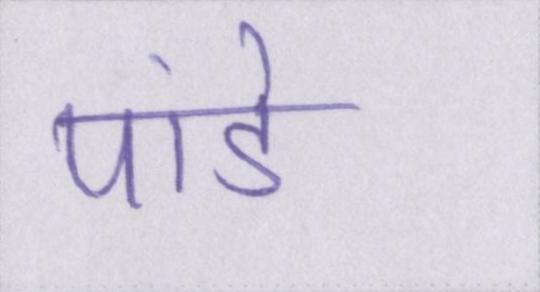
पांडे